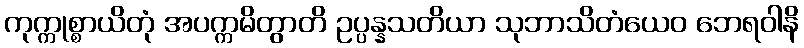
ကုက္ကုစ္စာယိတုံ အပက္ကမိတွာတိ ဥပ္ပန္နသတိယာ သုဘာသိတံယေဝ ဘေရဝါနိ